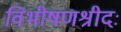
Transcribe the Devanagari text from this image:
विभीषणश्रीदः